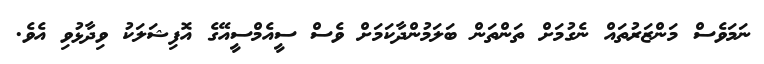
ނަމަވެސް މަންޒަރުތައް ނެގުމަށް ތަންތަން ބަލަމުންދާކަމަށް ވެސް ސީއެމްސީއޭގެ އޮފިޝަލަކު ވިދާޅުވި އެވެ.